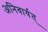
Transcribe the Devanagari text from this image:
अनिवार्यत्